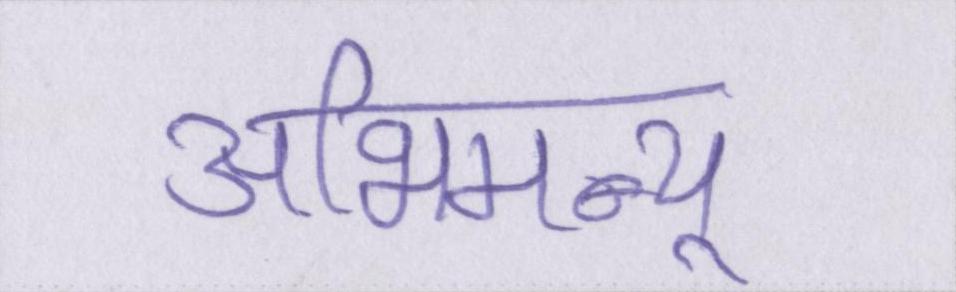
अभिमन्यू